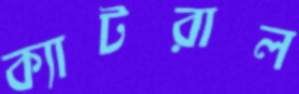
ক্যাটরাল